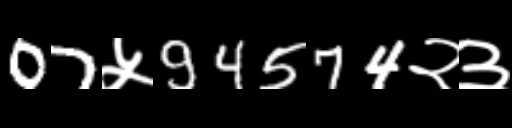
Text: 07५94574२३